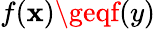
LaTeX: f\! \left(\mathbf{x}\right)\geqf\! \left(y\right)